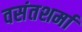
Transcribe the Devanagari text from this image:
वसंतशर्मा